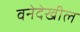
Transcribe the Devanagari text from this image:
वनेदेखील